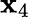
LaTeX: \mathbf{x}_{4}